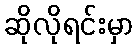
ဆိုလိုရင်းမှာ